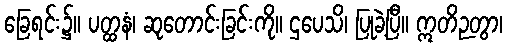
ခြေရင်း၌။ ပတ္ထနံ၊ ဆုတောင်းခြင်းကို။ ဌပေသိ၊ ပြုခဲ့ပြီ။ ဣတိဉတွာ၊